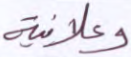
وعلانية